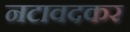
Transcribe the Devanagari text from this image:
नटावदकर